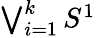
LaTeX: \textstyle\bigvee_{i=1}^{k}S^{1}